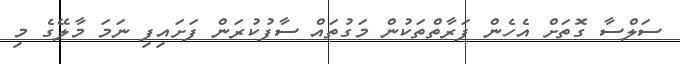
ސަލްސާ ގޮތަށް އެހެން ފަރާތްތަކުން މަގުތައް ސާފުކުރަން ފަށައިފި ނަމަ މާލޭގެ މި